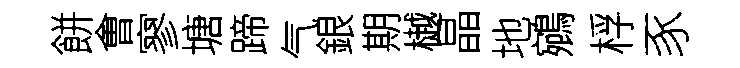
餅㑹寥塘蹄气銀期樾晶地鵷桴豕